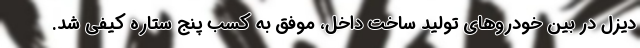
دیزل در بین خودروهای تولید ساخت داخل، موفق به کسب پنج ستاره کیفی شد.